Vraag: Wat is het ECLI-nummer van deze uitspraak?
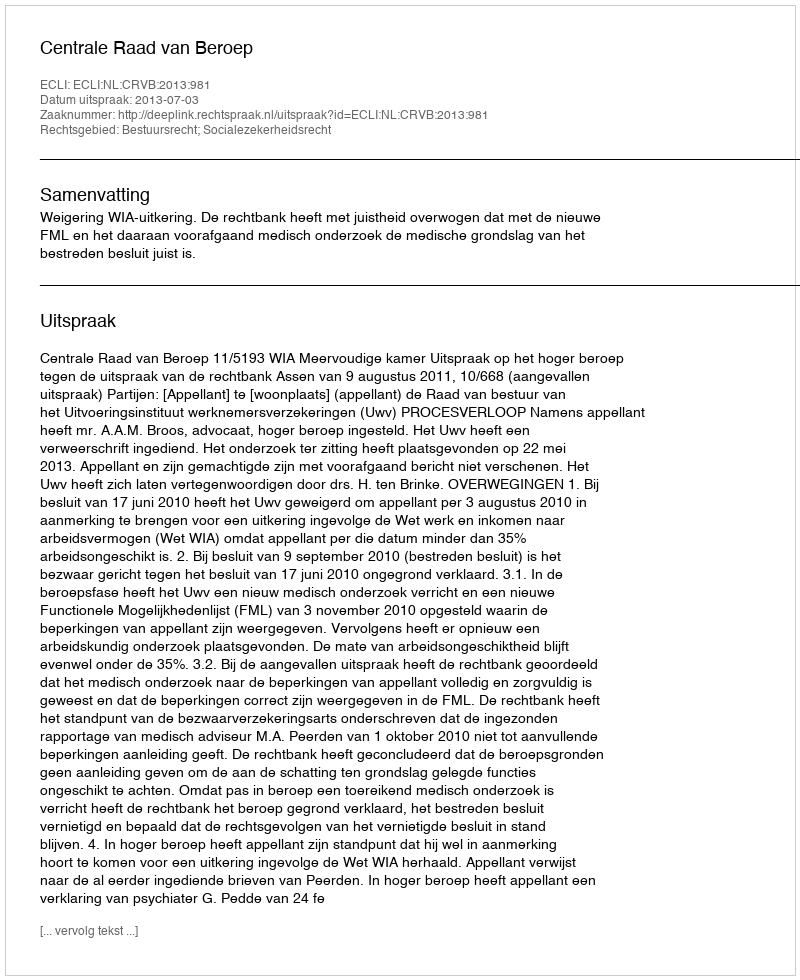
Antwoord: ECLI:NL:CRVB:2013:981